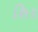
શિર